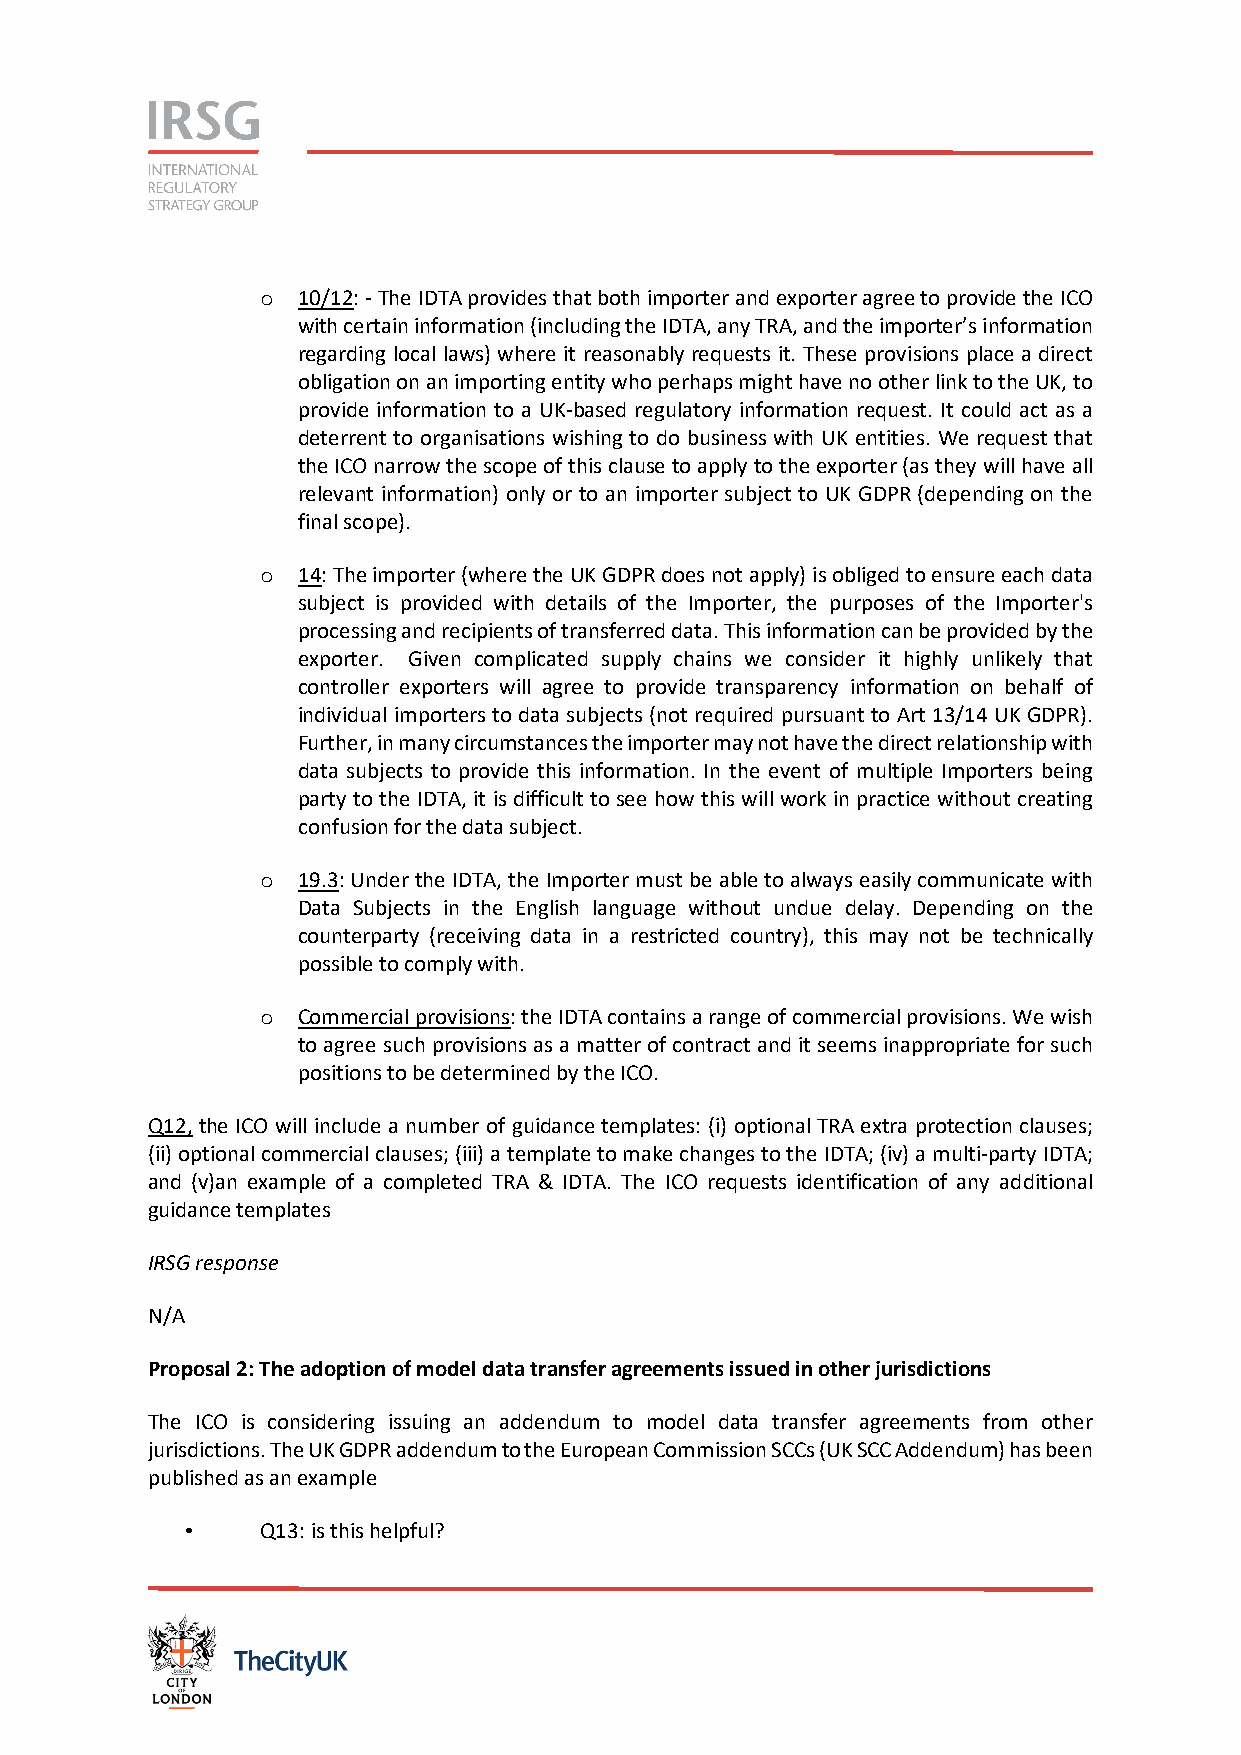
10/12: - The IDTA provides that both importer and exporter agree to provide the ICO
 o
 with certain information (including the IDTA, any TRA, and the importer’s information
 regarding local laws) where it reasonably requests it. These provisions place a direct
 obligation on an importing entity who perhaps might have no other link to the UK, to
 provide information to a UK-based regulatory information request. It could act as a
 deterrent to organisations wishing to do business with UK entities. We request that
 the ICO narrow the scope of this clause to apply to the exporter (as they will have all
 relevant information) only or to an importer subject to UK GDPR (depending on the
 final scope).
 14: The importer (where the UK GDPR does not apply) is obliged to ensure each data
 o
 subject is provided with details of the Importer, the purposes of the Importer's
 processing and recipients of transferred data. This information can be provided by the
 exporter. Given complicated supply chains we consider it highly unlikely that
 controller exporters will agree to provide transparency information on behalf of
 individual importers to data subjects (not required pursuant to Art 13/14 UK GDPR).
 Further, in many circumstances the importer may not have the direct relationship with
 data subjects to provide this information. In the event of multiple Importers being
 party to the IDTA, it is difficult to see how this will work in practice without creating
 confusion for the data subject.
 19.3: Under the IDTA, the Importer must be able to always easily communicate with
 o
 Data Subjects in the English language without undue delay. Depending on the
 counterparty (receiving data in a restricted country), this may not be technically
 possible to comply with.
 Commercial provisions: the IDTA contains a range of commercial provisions. We wish
 o
 to agree such provisions as a matter of contract and it seems inappropriate for such
 positions to be determined by the ICO.
 Q12, the ICO will include a number of guidance templates: (i) optional TRA extra protection clauses;
 (ii) optional commercial clauses; (iii) a template to make changes to the IDTA; (iv) a multi-party IDTA;
 and (v)an example of a completed TRA & IDTA. The ICO requests identification of any additional
 guidance templates
 IRSG response
 N/A
 Proposal 2: The adoption of model data transfer agreements issued in other jurisdictions
 The ICO is considering issuing an addendum to model data transfer agreements from other
 jurisdictions. The UK GDPR addendum to the European Commission SCCs (UK SCC Addendum) has been
 published as an example
 •    Q13: is this helpful?